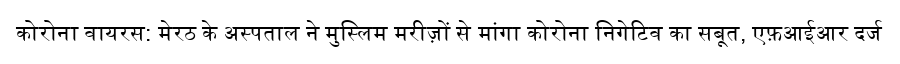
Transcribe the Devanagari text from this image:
कोरोना वायरस: मेरठ के अस्पताल ने मुस्लिम मरीज़ों से मांगा कोरोना निगेटिव का सबूत, एफ़आईआर दर्ज